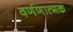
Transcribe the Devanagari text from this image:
वर्णणात्मक